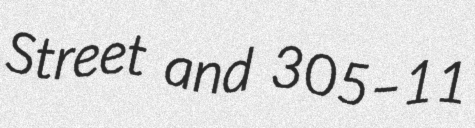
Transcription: Street and 305–11